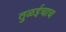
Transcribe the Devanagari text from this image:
तुळईचाच